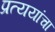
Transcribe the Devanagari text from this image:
प्रत्ययांचा